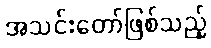
အသင်းတော်ဖြစ်သည့်